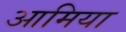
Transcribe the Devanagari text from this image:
आमिया